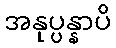
အနုပ္ပန္နာပိ